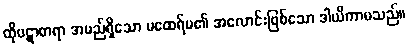
ထိုပဋာစာရာ အမည်ရှိသော မထေရ်မ၏ အလောင်းဖြစ်သော ဒါယိကာမသည်။